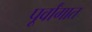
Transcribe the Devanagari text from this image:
पूर्वांगात